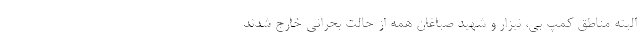
البته مناطق کمپ بی، نیزار و شهید صباغان همه از حالت بحرانی خارج شدند